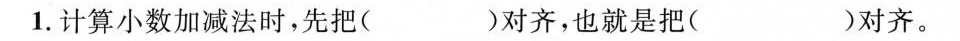
1.计算小数加减法时，先把( )对齐，也就是把( )对齐。